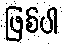
ဖြစ်ပါ